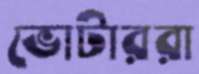
ভোটাররা